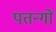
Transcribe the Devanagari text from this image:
पतन्‍गों